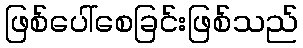
ဖြစ်ပေါ်စေခြင်းဖြစ်သည်